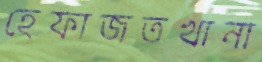
হেফাজতখানা